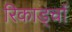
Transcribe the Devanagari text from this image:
रिकार्ड्चा